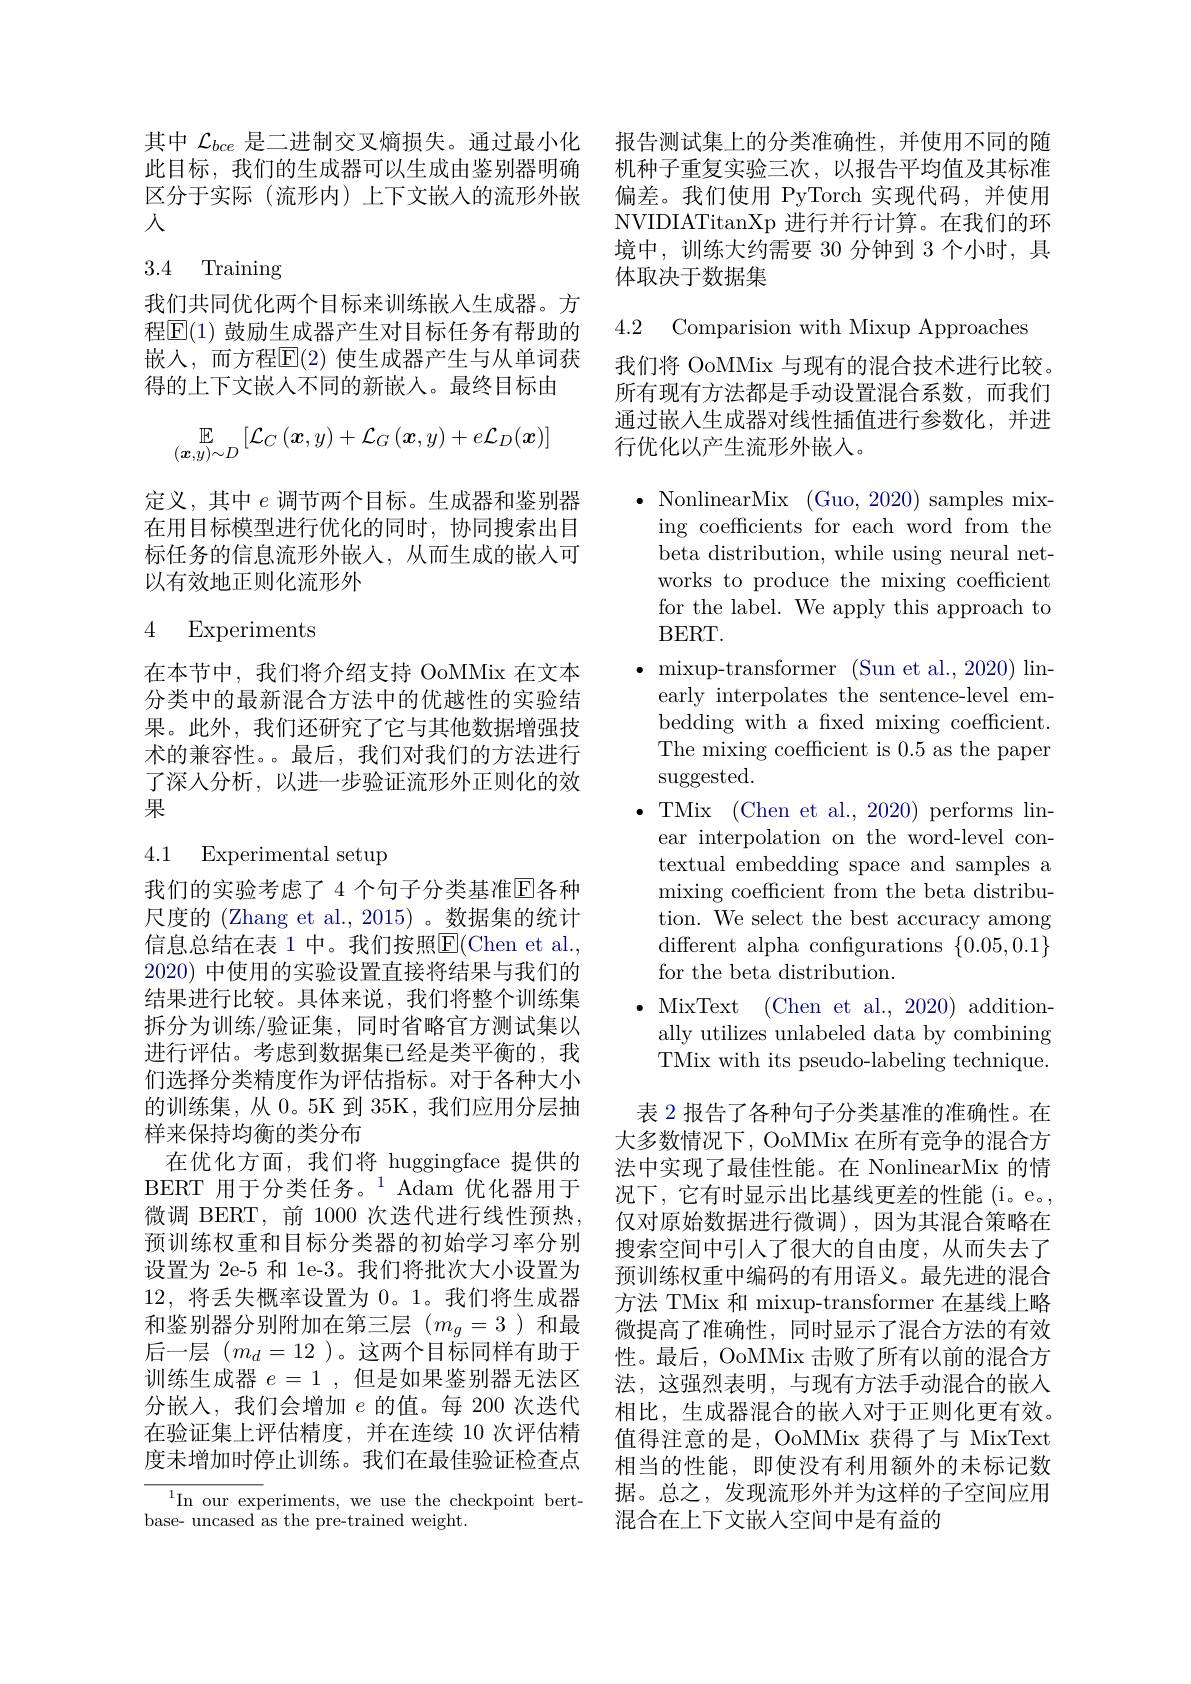
其中$\mathcal{L}_{bce}$是二进制交叉熵损失。通过最小化 报告测试集上的分类准确性，并使用不同的随
此目标，我们的生成器可以生成由鉴别器明确区分于实际(流形内)上下文嵌入的流形外嵌入

# 3.4 Training

我们共同优化两个目标来训练嵌入生成器。方程$\overline{\mathrm{E}}(1)$ 鼓励生成器产生对目标任务有帮助的嵌入，而方程$\overline{\mathrm{E}}(2)$ 使生成器产生与从单词获得的上下文嵌人不同的新嵌入。最终目标由
$$\mathbb{E}_{(\boldsymbol{x},y)\sim D}\left[\mathcal{L}_{C}\left(\boldsymbol{x},y\right)+\mathcal{L}_{G}\left(\boldsymbol{x},y\right)+e\mathcal{L}_{D}(\boldsymbol{x})\right]$$
定义，其中$e$调节两个目标。生成器和鉴别器在用目标模型进行优化的同时，协同搜索出目标任务的信息流形外嵌入，从而生成的嵌入可以有效地正则化流形外

# 4 Experiments

在本节中，我们将介绍支持 OoMMix 在文本分类中的最新混合方法中的优越性的实验结果。此外，我们还研究了它与其他数据增强技术的兼容性。。最后，我们对我们的方法进行了深人分析，以进一步验证流形外正则化的效果

### 4.1 Experimental setup

我们的实验考虑了 4 个句子分类基准$\overline{\mathrm{E}}$各种尺度的 (Zhang et al., 2015) 。数据集的统计信息总结在表 1 中。我们按照$\boxed{\mathrm{F}}($Chen et al., 2020) 中使用的实验设置直接将结果与我们的结果进行比较。具体来说，我们将整个训练集拆分为训练/验证集，同时省略官方测试集以进行评估。考虑到数据集已经是类平衡的，我们选择分类精度作为评估指标。对于各种大小的训练集，从 0。5K 到 35K, 我们应用分层抽样来保持均衡的类分布
在优化方面，我们将 huggingface 提供的BERT 用于分类任务。$^{1}$ Adam 优化器用于微调 BERT,前 1000 次迭代进行线性预热， 预训练权重和目标分类器的初始学习率分别设置为 2e-5 和 1e-3。我们将批次大小设置为12,将丢失概率设置为0。1。我们将生成器和鉴别器分别附加在第三层($m_g=3$)和最后一层$(m_d=12$ )。这两个目标同样有助于训练生成器$e=1$,但是如果鉴别器无法区分嵌入，我们会增加$e$的值。每 200 次迭代在验证集上评估精度，并在连续 10 次评估精度未增加时停止训练。我们在最佳验证检查点

$^{1}$In our experiments, we use the checkpoint bert-
base- uncased as the pre-trained weight.

机种子重复实验三次，以报告平均值及其标准偏差。我们使用 PyTorch 实现代码，并使用NVIDIATitanXp 进行并行计算。在我们的环境中，训练大约需要 30 分钟到 3 个小时，具体取决于数据集

4.2 Comparision with Mixup Approaches

我们将 OoMMix 与现有的混合技术进行比较。所有现有方法都是手动设置混合系数，而我们通过嵌入生成器对线性插值进行参数化，并进行优化以产生流形外嵌人。

$\bullet$ NonlinearMix (Guo, 2020)samples mix-
ing coefficients for each word from the beta distribution, while using neural networks to produce the mixing coefficient for the label. We apply this approach to $BERT.$
$\bullet$ mixup-transformer (Sun et al., 2020) lin-
early interpolates the sentence-level embedding with a fixed mixing coefficient. The mixing coefficient is 0.5 as the paper suggested.
$\bullet$TMix(Chen et al., 2020)performslin-
ear interpolation on the word-level contextual embedding space and samples a mixing coefficient from the beta distribution. We select the best accuracy among different alpha configurations $\{0.05,0.1\}$ for the beta distribution.
$\bullet$ MixText (Chen et al., 2020) additionally utilizes unlabeled data by combining TMix with its pseudo-labeling technique. 表 2 报告了各种句子分类基准的准确性。在
大多数情况下，OoMMix 在所有竞争的混合方法中实现了最佳性能。在 NonlinearMix 的情况下，它有时显示出比基线更差的性能(i。e。, 仅对原始数据进行微调),因为其混合策略在搜索空间中引入了很大的自由度，从而失去了预训练权重中编码的有用语义。最先进的混合方法 TMix 和 mixup-transformer 在基线上略微提高了准确性，同时显示了混合方法的有效性。最后，OoMMix 击败了所有以前的混合方法，这强烈表明，与现有方法手动混合的嵌入相比，生成器混合的嵌入对于正则化更有效。值得注意的是，OoMMix 获得了与 MixText 相当的性能，即使没有利用额外的未标记数据。总之，发现流形外并为这样的子空间应用混合在上下文嵌入空间中是有益的